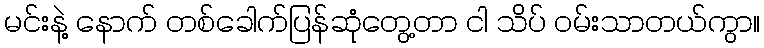
မင်းနဲ့ နောက် တစ်ခေါက်ပြန်ဆုံတွေ့တာ ငါ သိပ် ဝမ်းသာတယ်ကွာ။